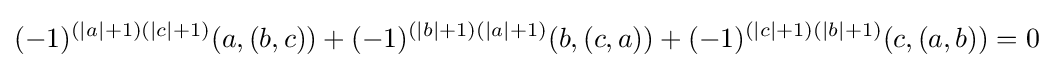
(-1)^{(|a|+1)(|c|+1)}(a,(b,c))+(-1)^{(|b|+1)(|a|+1)}(b,(c,a))+(-1)^{(|c|+1)(|b|+1)}(c,(a,b))=0